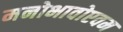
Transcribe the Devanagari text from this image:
मनोभावोएवम